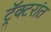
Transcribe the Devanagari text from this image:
ट्रॅक्टरांत